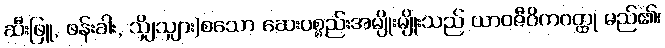
ဆီးဖြူ, ဖန်းခါး, သျှိသျှား)စသော ဆေးပစ္စည်းအမျိုးမျိုးသည် ယာဝဇီဝိကဝတ္ထု မည်၏၊